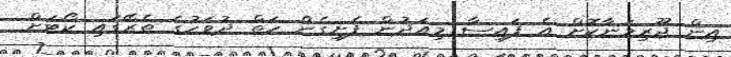
އިން ޖޫރިމަނާކޮށް އެ ފައިސާ މިއަދުން ފެށިގެން ހަތް ދުވަހުގެ ތެރޭގައި ކޯޓަށް